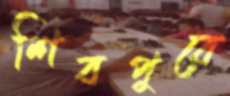
শিবপুরে